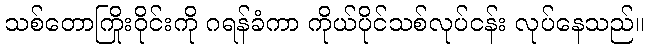
သစ်တောကြိုးဝိုင်းကို ဂရန်ခံကာ ကိုယ်ပိုင်သစ်လုပ်ငန်း လုပ်နေသည်။